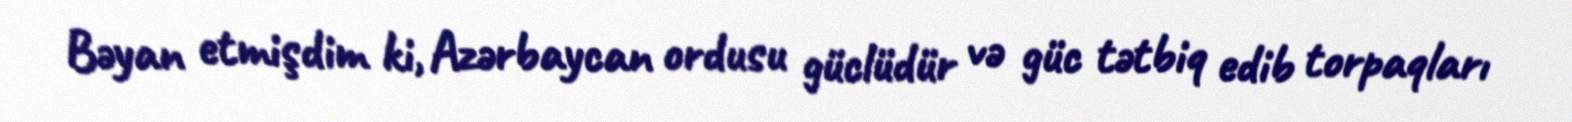
Bəyan etmişdim ki, Azərbaycan ordusu güclüdür və güc tətbiq edib torpaqları